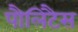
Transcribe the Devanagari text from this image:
पौलिटैस